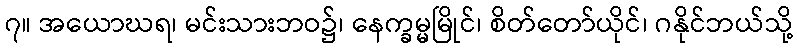
၇။ အယောဃရ၊ မင်းသားဘဝ၌၊ နေက္ခမ္မမြိုင်၊ စိတ်တော်ယိုင်၊ ဂနိုင်ဘယ်သို့